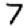
Digit: 7